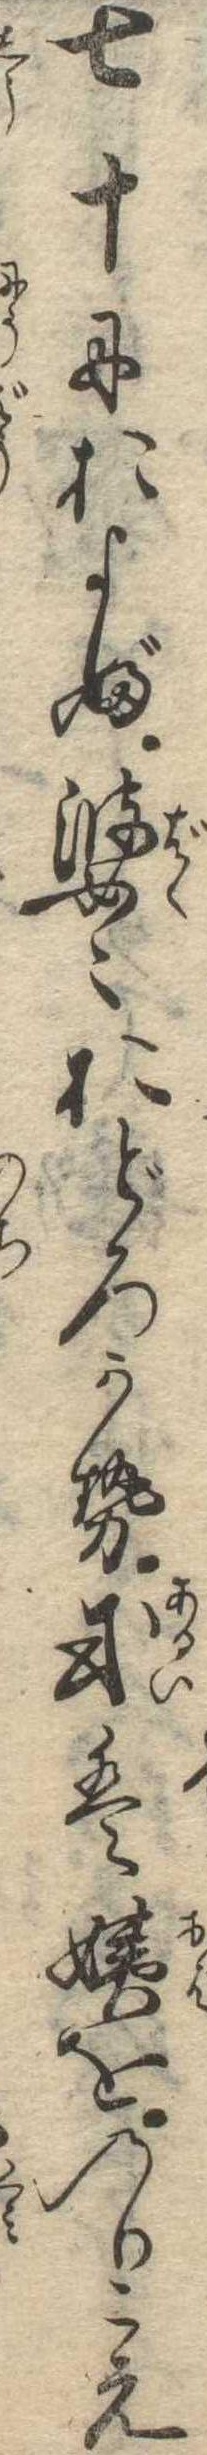
七十におよぶ婆〻おどろかせ或は姨をのりこえ